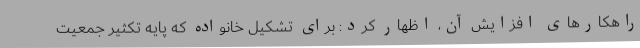
راهکارهای افزایش آن، اظهار کرد: برای تشکیل خانواده که پایه تکثیر جمعیت